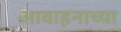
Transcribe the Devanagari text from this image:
आवाहनाच्या